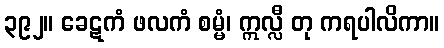
၃၉၂။ ခေဋကံ ဖလကံ စမ္မံ၊ ဣလ္လီ တု ကရပါလိကာ။